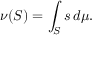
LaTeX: \nu ( S ) = \int _ { S } s \, d \mu .